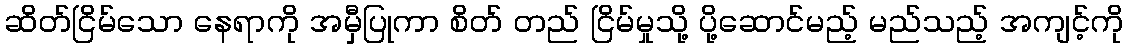
ဆိတ်ငြိမ်သော နေရာကို အမှီပြုကာ စိတ် တည် ငြိမ်မှုသို့ ပို့ဆောင်မည့် မည်သည့် အကျင့်ကို